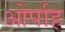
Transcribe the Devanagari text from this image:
ओर्पाह